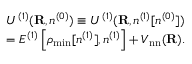
\begin{array} { l } { { \displaystyle { \cal U } ^ { ( 1 ) } ( { \bf R } , n ^ { ( 0 ) } ) \equiv { \cal U } ^ { ( 1 ) } ( { \bf R } , n ^ { ( 1 ) } [ n ^ { ( 0 ) } ] ) } \ ~ } \\ { { \displaystyle = { \cal E } ^ { ( 1 ) } \left[ \rho _ { \mathrm { m i n } } [ n ^ { ( 1 ) } ] , n ^ { ( 1 ) } \right] + V _ { \mathrm { n n } } ( { \bf R } ) } . } \end{array}